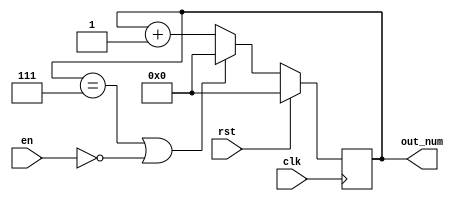
`timescale 1ns / 1ps
//////////////////////////////////////////////////////////////////////////////////
// Company: 
// Engineer: 
// 
// Design Name: 
// Module Name: cnt_multi_5
// Project Name: 
// Target Devices: 
// Tool Versions: 
// Description: 
// 
// Dependencies: 
// 
// Revision:
// Revision 0.01 - File Created
// Additional Comments:
// 
//////////////////////////////////////////////////////////////////////////////////


module cnt_multi_5(
                    clk,
                    rst,
                    en,
                    out_num
                    );
    input clk;
    input rst;
    input en;
    output signed [4:0] out_num;
    reg signed [4:0] out_num;
    
    always@(posedge clk) begin
        if (rst)
//            out_num <= - 5'd11;
            out_num <= 5'd0;
        else if (out_num == 5'd7 || en == 0)
            out_num <= 0;
        else
            out_num <= out_num + 5'd1;
    end
endmodule